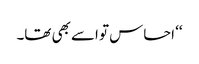
‘‘ احساس تو اسے بھی تھا۔